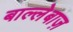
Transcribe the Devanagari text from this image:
बाल्लेबाज़